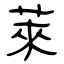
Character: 萊